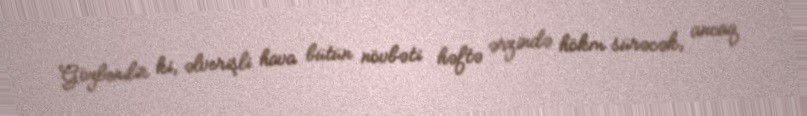
Gözlənilir ki, əlverişli hava bütün növbəti həftə ərzində hökm sürəcək, ancaq